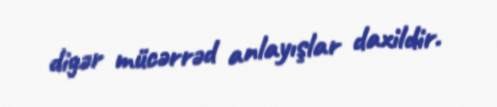
digər mücərrəd anlayışlar daxildir.